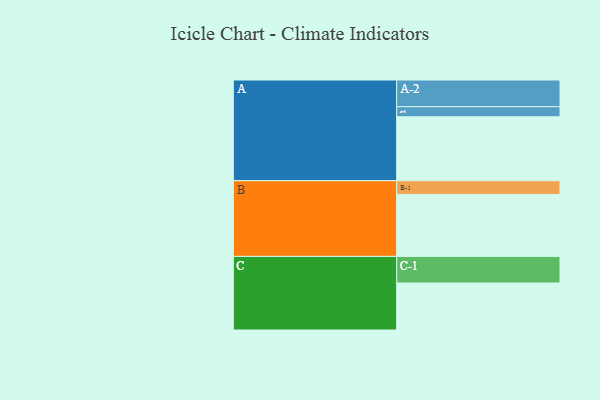
{"axis": {"x": "Segment", "y": "Value"}, "legend": ["", "A", "B", "C"], "data": [{"x": "A", "y": 512, "type": ""}, {"x": "B", "y": 497, "type": ""}, {"x": "C", "y": 377, "type": ""}, {"x": "A-1", "y": 81, "type": "A"}, {"x": "A-2", "y": 214, "type": "A"}, {"x": "B-1", "y": 110, "type": "B"}, {"x": "C-1", "y": 213, "type": "C"}]}